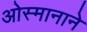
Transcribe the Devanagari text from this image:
ओस्मानाने